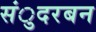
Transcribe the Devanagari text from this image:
संुदरबन